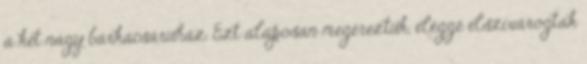
a két nagy barkácsáruház. Ezt alaposan megéreztük, eléggé elszivárogtak